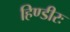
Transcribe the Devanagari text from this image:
हिण्डीरः